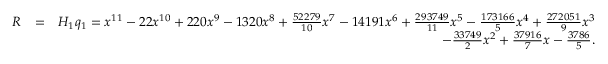
\begin{array} { r l r } { R } & { = } & { H _ { 1 } q _ { 1 } = x ^ { 1 1 } - 2 2 x ^ { 1 0 } + 2 2 0 x ^ { 9 } - 1 3 2 0 x ^ { 8 } + \frac { 5 2 2 7 9 } { 1 0 } x ^ { 7 } - 1 4 1 9 1 x ^ { 6 } + \frac { 2 9 3 7 4 9 } { 1 1 } x ^ { 5 } - \frac { 1 7 3 1 6 6 } { 5 } x ^ { 4 } + \frac { 2 7 2 0 5 1 } { 9 } x ^ { 3 } } \\ & { } & { - \frac { 3 3 7 4 9 } { 2 } x ^ { 2 } + \frac { 3 7 9 1 6 } { 7 } x - \frac { 3 7 8 6 } { 5 } . } \end{array}